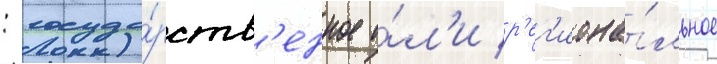
: госуда́рств'енное и́л'и р'ег'иона́льное